Scientific memoirs by medical officers of the Army of India - Part XI,
Year: 1898
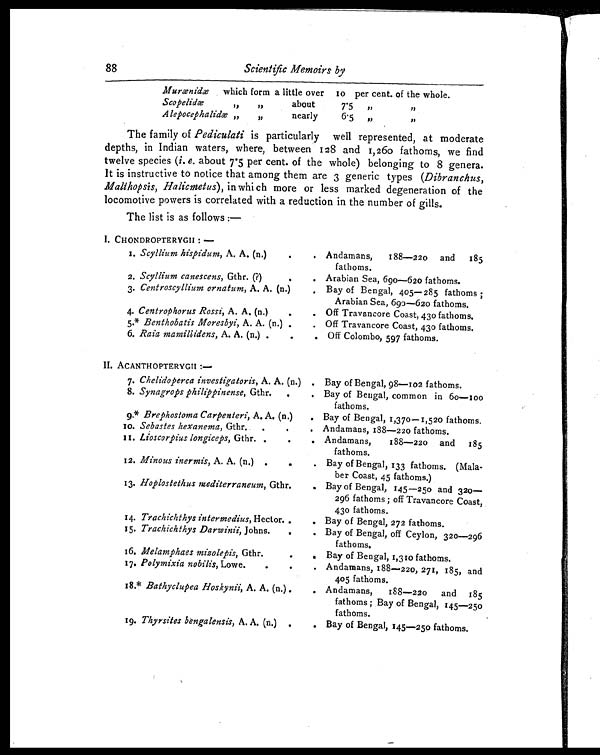
88 Scientific Memoirs by
Murænidæ
which form a little over Io per cent. of the whole.
Scopelidæ
,, ,,
about
7.5
,, ,,
Alepocephalidæ „
,,
nearly
6.5 „
,,
The family of Pediculati is particularly well represented, at moderate
depths, in Indian waters, where, between 128 and 1,260 fathoms, we find
twelve species (i. e. about 7.5 per cent. of the whole) belonging to 8 genera.
It is instructive to notice that among them are 3 generic types (Dibranchus,
Malthopsis, Halicmetus), in which more or less marked degeneration of the
locomotive powers is correlated with a reduction in the number of gills.
The list is as follows:—
I. CHONDROPTERYGII:—
1 . Scyllium hispidum, A. A. (n.)
Andamans, 188—220 and 185
fathoms.
2. Scyllium canescens, Gthr. (?)
Arabian Sea, 690—620 fathoms.
3. Centroscyllium ornatum, A. A. (n.)
Bay of Bengal, 405—285 fathoms;
Arabian Sea, 690-620 fathoms.
4. Centrophorus Rossi, A. A. (n.)
Off Travancore Coast, 430 fathoms.
5.* Benthobatis Moresbyi, A. A. (n.) .
Off Travancore Coast, 43o fathoms.
6. Raia mamillidens, A. A. (n.)
Off Colombo, 597 fathoms.
II. ACANTHOPTERYGII: —
7. Chelidoperca investigatoris, A. A. (n.)
Bay of Bengal, 98—102 fathoms.
8. Synagrops philippinense, Gthr
Bay of Bengal, common in 60—l00
fathoms.
9.* Brephostoma Carpenteri, A. A. (n.)
Bay of Bengal, 1,370—1,520 fathoms,
10. Sebastes hexanema, Gthr
Andamans, 188—220 fathoms.
11. Lioscorpius longiceps, Gthr.
Andamans, 188—220 and 185
fathoms.
12. Minous inermis, A. A. (n.)
Bay of Bengal, 133 fathoms. (Mala-
ber Coast, 45 fathoms.)
13. Hoplostethus mediterraneum, Gthr.
Bay of Bengal, 145—250 and 320
—296 fathoms; off Travancore Coast,
430 fathoms.
14. Trachichthys intermedius, Hector.
Bay of Bengal, 272 fathoms.
15. Trachichthys Darwinii, Johns.
Bay of Bengal, off Ceylon, 320—296
fathoms.
16. Melamphaes mizolepis, Gthr.
Bay of Bengal, 1,310 fathoms.
17. Polymixia nobilis, Lowe.
Andamans, 188—220, 271, 185, and
405 fathoms.
18.* Bathyclupea Hoskynii, A. A. (n.).
Andamans, 188—220 and 185
fathoms; Bay of Bengal, 145—250
fathoms
19. Thyrsites bengalensis, A. A. (n.).
Bay of Bengal, 145—250 fathoms.
88